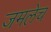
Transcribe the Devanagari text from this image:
जमलेच